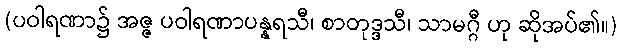
(ပဝါရဏာ၌ အဇ္ဇ ပဝါရဏာပန္နရသီ၊ စာတုဒ္ဒသီ၊ သာမဂ္ဂီ ဟု ဆိုအပ်၏။)